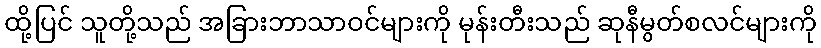
ထို့ပြင် သူတို့သည် အခြားဘာသာဝင်များကို မုန်းတီးသည် ဆုနီမွတ်စလင်များကို